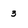
Character: 3